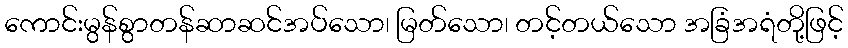
ကောင်းမွန်စွာတန်ဆာဆင်အပ်သော၊ မြတ်သော၊ တင့်တယ်သော အခြံအရံတို့ဖြင့်